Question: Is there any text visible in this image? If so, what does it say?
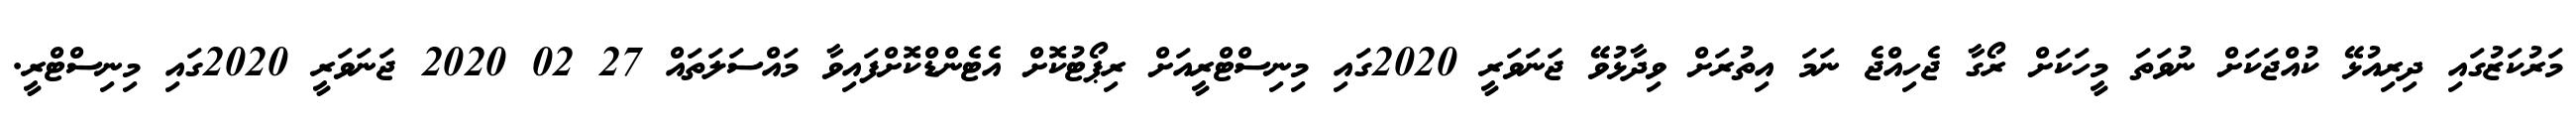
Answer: މަރުކަޒުގައި ދިރިއުޅޭ ކުއްޖަކަށް ނުވަތަ މީހަކަށް ރޯގާ ޖެހިއްޖެ ނަމަ އިތުރަށް ވިދާޅުވޭ ޖަނަވަރީ 2020ގައި މިނިސްޓްރީއަށް ރިޕޯޓުކޮށް އެޓެންޑްކޮށްފައިވާ މައްސަލަތައް 27 02 2020 ޖަނަވަރީ 2020ގައި މިނިސްޓްރީ.